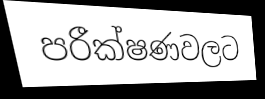
පරීක්ෂණවලට